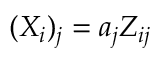
( X _ { i } ) _ { j } = a _ { j } Z _ { i j }